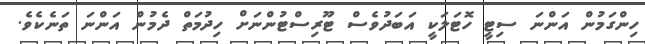
ހިންގަމުން އަންނަ ސިޓީ ހޮޓަލަކީ އަބަދުވެސް ޓޫރިސްޓުންނަށް ހިދުމަތް ދެމުން އަންނަ ތަނެކެވެ.